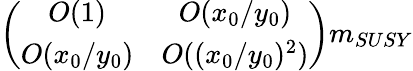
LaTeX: \left(\begin{array}{cc}{{O(1)}}&{{O(x_{0}/y_{0})}}\\ {{O(x_{0}/y_{0})}}&{{O((x_{0}/y_{0})^{2})}}\end{array}\right)m_{SUSY}